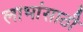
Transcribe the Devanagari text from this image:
लाभांसाठी